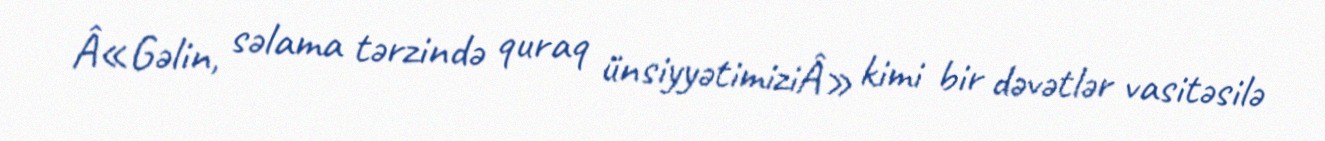
Â«Gəlin, səlama tərzində quraq ünsiyyətimiziÂ» kimi bir dəvətlər vasitəsilə